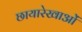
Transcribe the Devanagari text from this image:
छायारेखाओं